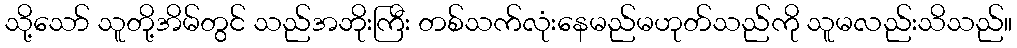
သို့သော် သူတို့အိမ်တွင် သည်အဘိုးကြီး တစ်သက်လုံးနေမည်မဟုတ်သည်ကို သူမလည်းသိသည်။